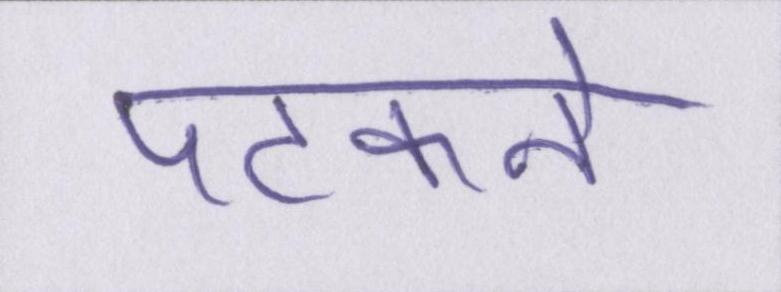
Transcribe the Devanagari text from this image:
पटकने